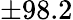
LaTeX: \pm 98.2